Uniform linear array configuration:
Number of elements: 16
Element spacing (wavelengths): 0.25
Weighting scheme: hann
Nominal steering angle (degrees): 30
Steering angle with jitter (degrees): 29.964
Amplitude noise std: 0.05
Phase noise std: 0.05

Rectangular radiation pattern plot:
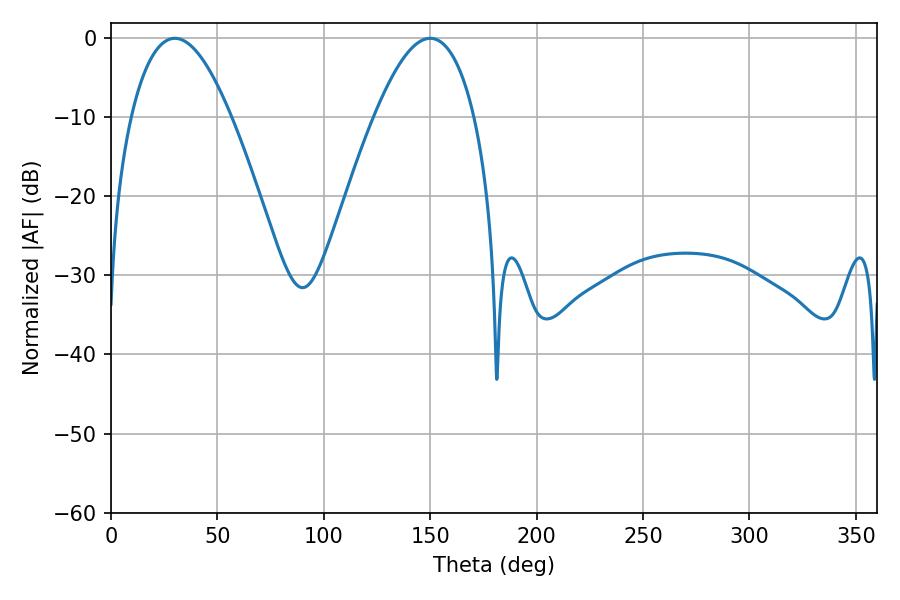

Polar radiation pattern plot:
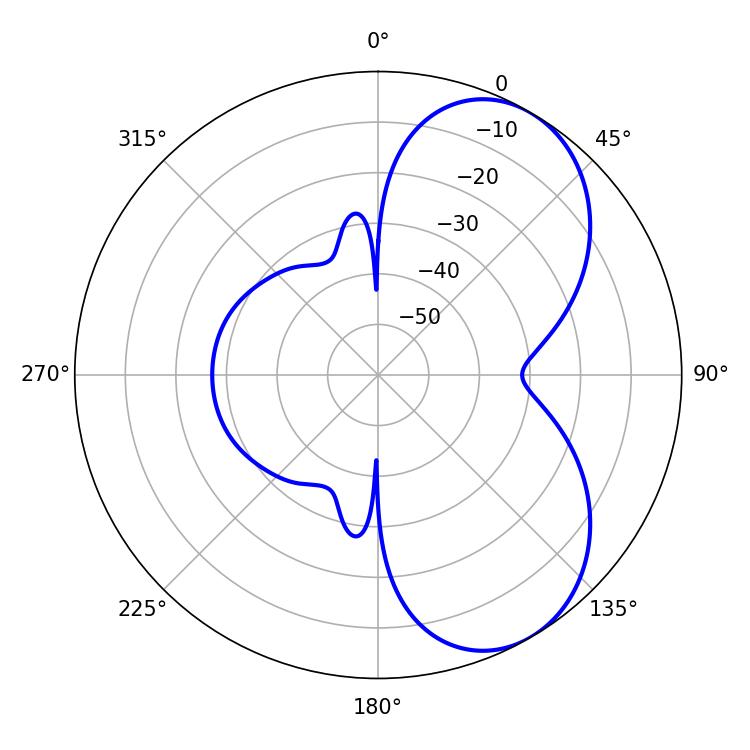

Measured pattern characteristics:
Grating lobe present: FALSE
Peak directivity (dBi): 6.022
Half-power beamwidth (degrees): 25.74
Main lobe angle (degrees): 30.06